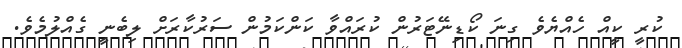
ކުރީ ކީއް ހެއްޔެވެ ގިނަ ކޯޑިނޭޓަރުން ކުރައްވާ ކަންކަމުން ސަރުކާރަށް ލިބެނީ ގެއްލުމެވެ.